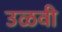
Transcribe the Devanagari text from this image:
उळवी